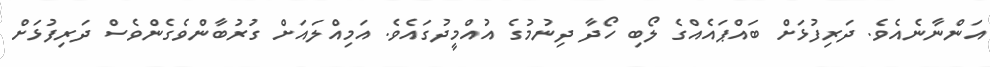
އަންނާނެއެވެ. ދަރިފުޅަށް ބައްޕައެއްގެ ލޯބި ހޯދާ ދިނުމުގެ އުއްމީދުގައެވެ. އަމިއްލައަށް ގުރުބާންވެގެންވެސް ދަރިފުޅަށް